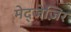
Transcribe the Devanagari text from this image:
मेद्जेज़िर